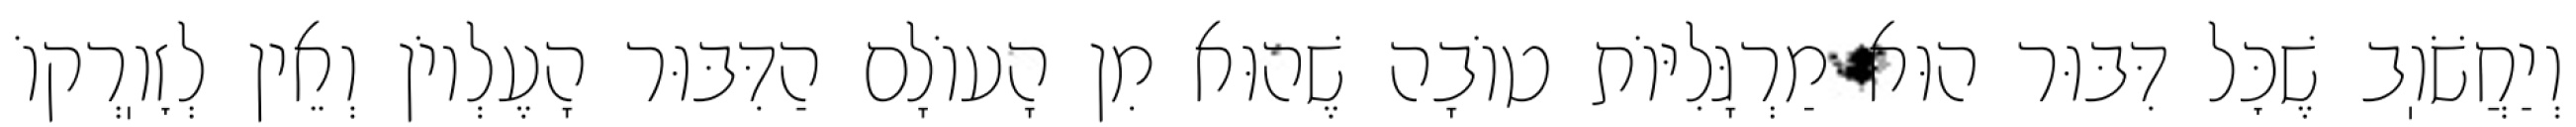
וְיַחֲשֹׁוֽב שֶׁכׇּל דִּבּוּר הוּא מַרְגָּלִיּוֹת טוֹבָה שֶׁהוּא מִן הָעוֹלָם הַדִּבּוּר הָעֶלְיוֹן וְאֵין לְזׇוֽרְקוֹ